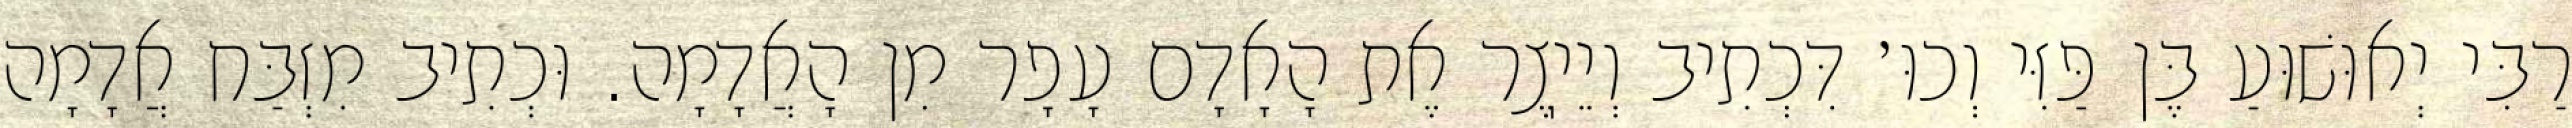
רַבִּי יְאוּשׁוּעַ בֶּן פַּזִּי וְכוּ׳ דִּכְתִיב וְיֵיֽצֶר אֶת הָאָדָם עָפָר מִן הָאֲדָמָה. וּכְתִיב מִזְבַּח אֲדָמָה